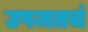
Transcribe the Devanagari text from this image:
उपजतचं